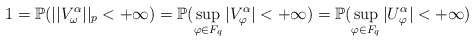
\begin{align*} 1 = \mathbb{P}(||V^{\alpha}_{\omega}||_p < + \infty) = \mathbb{P}(\sup_{\varphi \in F_q} |V^{\alpha}_{\varphi}| < + \infty) = \mathbb{P}(\sup_{\varphi \in F_q} |U^{\alpha}_{\varphi}| < + \infty)\end{align*}